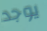
يوجد